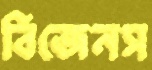
বিজেনস